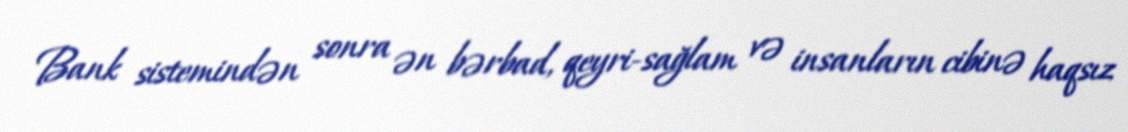
Bank sistemindən sonra ən bərbad, qeyri-sağlam və insanların cibinə haqsız